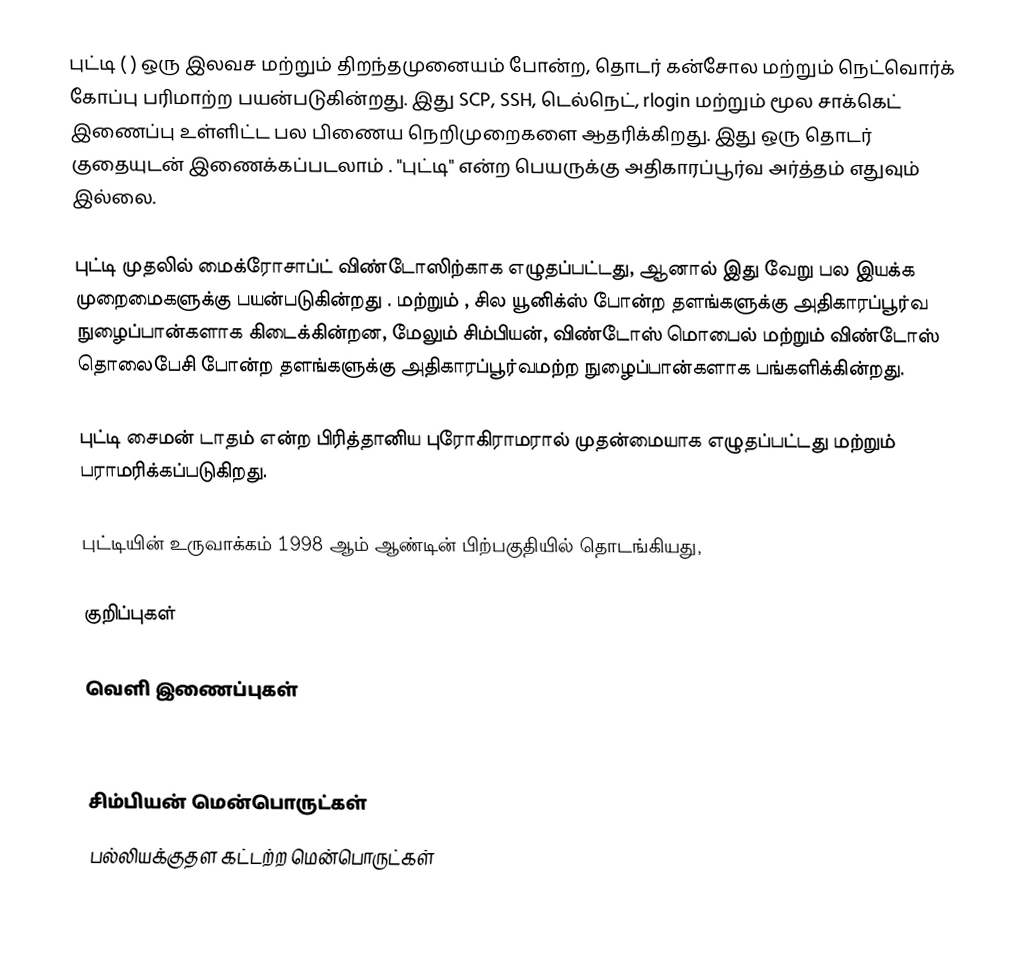
புட்டி (  )  ஒரு  இலவச மற்றும் திறந்தமுனையம் போன்ற, தொடர் கன்சோல மற்றும் நெட்வொர்க் கோப்பு பரிமாற்ற பயன்படுகின்றது. இது SCP, SSH, டெல்நெட், rlogin மற்றும் மூல சாக்கெட் இணைப்பு உள்ளிட்ட பல பிணைய நெறிமுறைகளை ஆதரிக்கிறது. இது ஒரு தொடர் குதையுடன் இணைக்கப்படலாம் . "புட்டி" என்ற பெயருக்கு அதிகாரப்பூர்வ அர்த்தம் எதுவும் இல்லை.

புட்டி முதலில் மைக்ரோசாப்ட் விண்டோஸிற்காக எழுதப்பட்டது, ஆனால் இது வேறு பல இயக்க முறைமைகளுக்கு பயன்படுகின்றது .  மற்றும் , சில யூனிக்ஸ் போன்ற தளங்களுக்கு அதிகாரப்பூர்வ நுழைப்பான்களாக கிடைக்கின்றன, மேலும் சிம்பியன், விண்டோஸ் மொபைல் மற்றும் விண்டோஸ் தொலைபேசி போன்ற தளங்களுக்கு அதிகாரப்பூர்வமற்ற நுழைப்பான்களாக பங்களிக்கின்றது.

புட்டி சைமன் டாதம் என்ற பிரித்தானிய புரோகிராமரால் முதன்மையாக எழுதப்பட்டது மற்றும் பராமரிக்கப்படுகிறது.

புட்டியின் உருவாக்கம் 1998 ஆம் ஆண்டின் பிற்பகுதியில் தொடங்கியது,

குறிப்புகள்

வெளி இணைப்புகள்

சிம்பியன் மென்பொருட்கள்
பல்லியக்குதள கட்டற்ற மென்பொருட்கள்